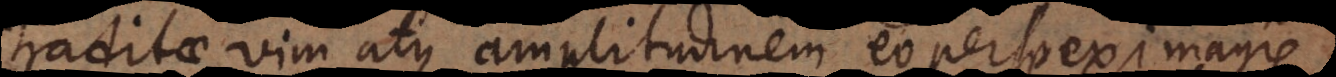
traditae vim atque amplitudinem eo perspexi magis,